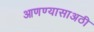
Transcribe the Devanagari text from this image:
आणण्यासाअठी